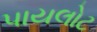
પાયલોટ